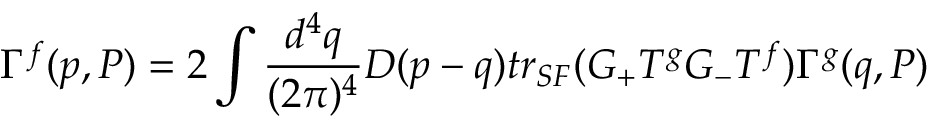
\Gamma ^ { f } ( p , P ) = 2 \int \frac { d ^ { 4 } q } { ( 2 \pi ) ^ { 4 } } D ( p - q ) t r _ { S F } ( G _ { + } T ^ { g } G _ { - } T ^ { f } ) \Gamma ^ { g } ( q , P )